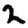
Digit: 2